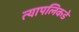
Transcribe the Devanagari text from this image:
त्यापलिकडे